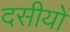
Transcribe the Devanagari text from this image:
दसीयों